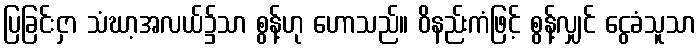
ပြခြင်းငှာ သံဃာ့အလယ်၌သာ စွန့်ဟု ဟောသည်။ ဝိနည်းကံဖြင့် စွန့်လျှင် ငွေခံသူသာ